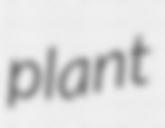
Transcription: plant